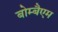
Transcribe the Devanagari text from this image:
बोम्बैएम